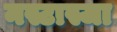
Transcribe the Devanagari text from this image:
नस्टास्जा